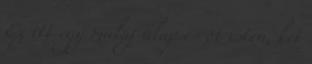
Ez itt egy maláj alap és öt isten, két